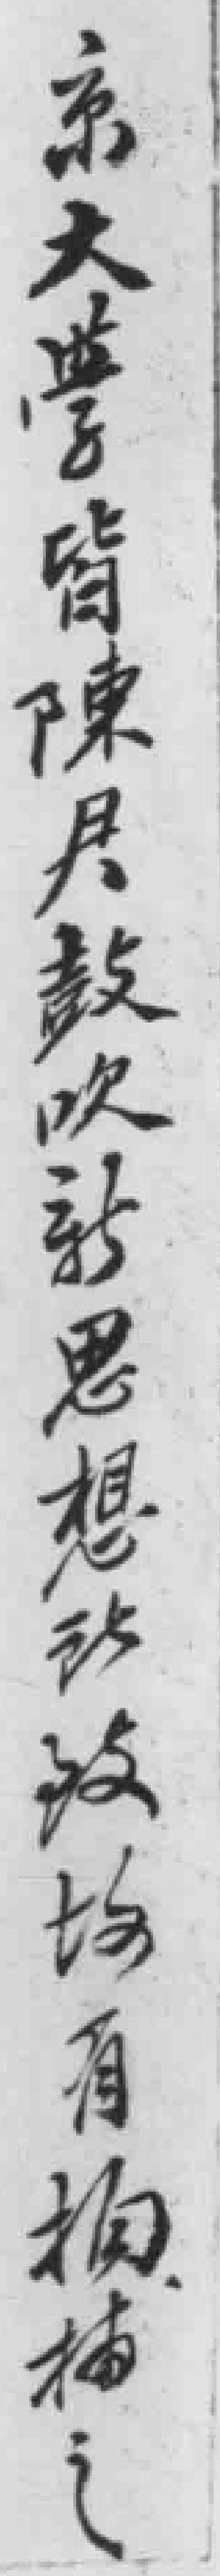
京大學皆陳君鼓吹新思想*拘捕之